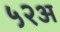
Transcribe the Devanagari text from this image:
५२अ